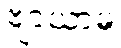
ဗျာယာမ